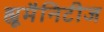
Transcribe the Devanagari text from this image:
ह्यूमैनिटीज